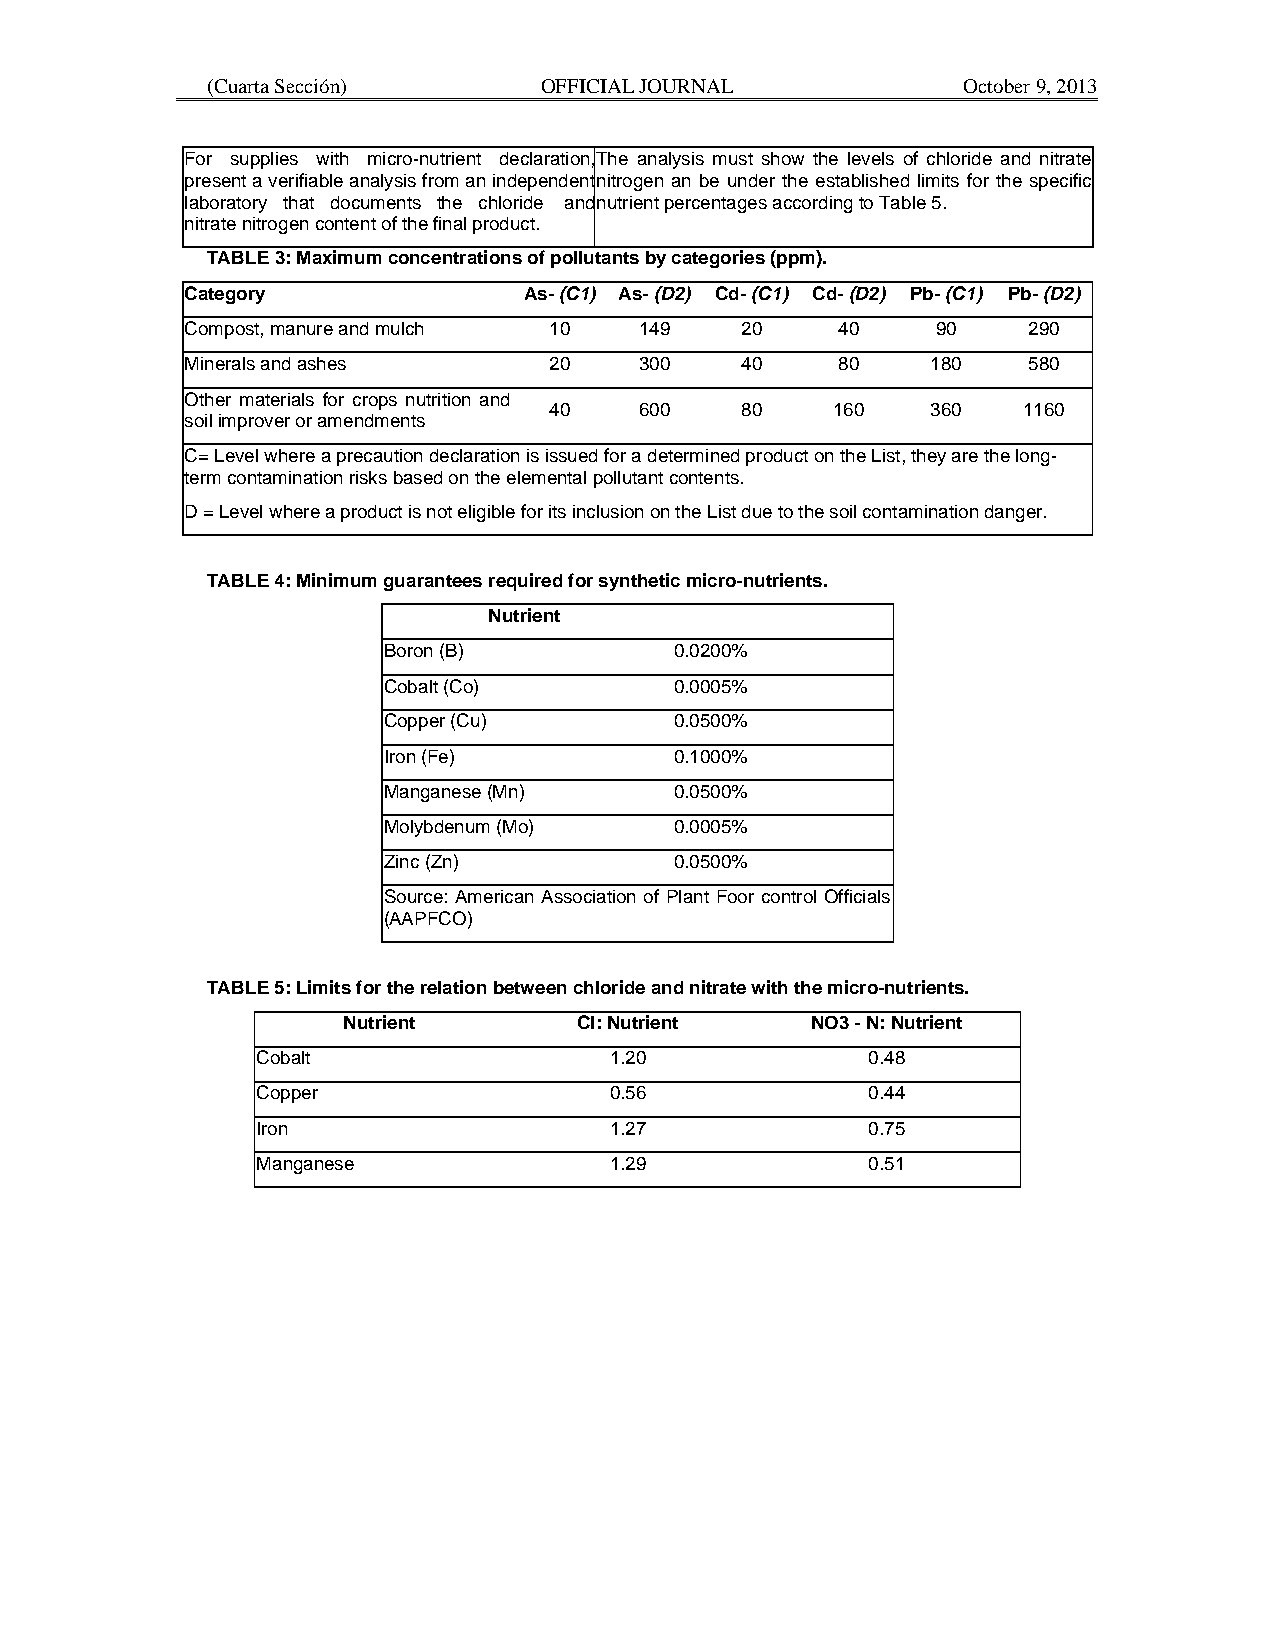
(Cuarta Sección)      OFFICIAL JOURNAL            October 9, 2013
 For supplies with micro-nutrient declaration, The analysis must show the levels of chloride and nitrate
 present a verifiable analysis from an independent nitrogen an be under the established limits for the specific
 laboratory that documents the chloride and nutrient percentages according to Table 5.
 nitrate nitrogen content of the final product.
 TABLE 3: Maximum concentrations of pollutants by categories (ppm).
 Category               As- (C1) As- (D2) Cd- (C1) Cd- (D2) Pb- (C1) Pb- (D2)
 Compost, manure and mulch 10  149    20    40     90    290
 Minerals and ashes      20    300    40    80     180   580
 Other materials for crops nutrition and
 40    600    80    160    360   1160
 soil improver or amendments
 C= Level where a precaution declaration is issued for a determined product on the List, they are the long-
 term contamination risks based on the elemental pollutant contents.
 D = Level where a product is not eligible for its inclusion on the List due to the soil contamination danger.
 TABLE 4: Minimum guarantees required for synthetic micro-nutrients.
 Nutrient
 Boron (B)           0.0200%
 Cobalt (Co)         0.0005%
 Copper (Cu)         0.0500%
 Iron (Fe)           0.1000%
 Manganese (Mn)      0.0500%
 Molybdenum (Mo)     0.0005%
 Zinc (Zn)           0.0500%
 Source: American Association of Plant Foor control Officials
 (AAPFCO)
 TABLE 5: Limits for the relation between chloride and nitrate with the micro-nutrients.
 Nutrient       Cl: Nutrient    NO3 - N: Nutrient
 Cobalt                 1.20             0.48
 Copper                 0.56             0.44
 Iron                   1.27             0.75
 Manganese              1.29             0.51